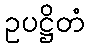
ဥပဋ္ဌိတံ